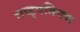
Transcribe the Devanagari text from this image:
राष्ट्रपतिगण